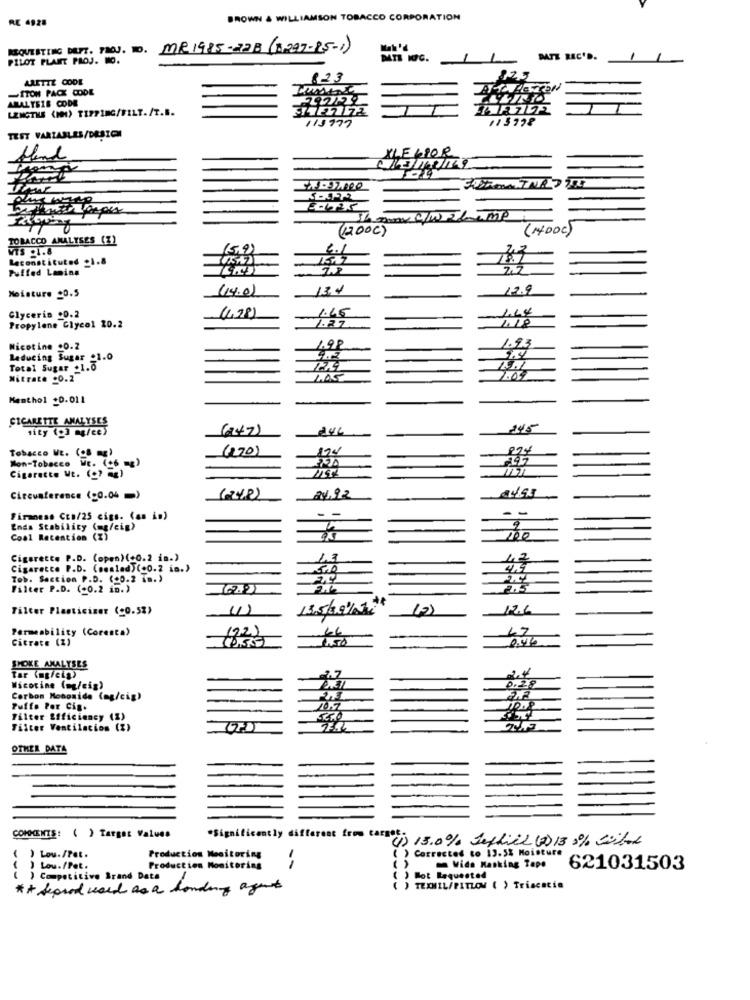
RE 4928
BROWN & WILLIAMSON TOBACCO CORPORATION
REQUESTING DEPT. YOU. NO. MR.1985-22B (8297-25-1)
Mah'd
PILOT PLAIT PROJ. MO.
DATI WOC.
PATE REC'D.
ARETTE CODE
6.23
~ITON PACK CODE
ARALTE18 CODE
LENGTHS (IM) TIPPING/FILT./T.B.
115778
115777
TEST VARIABLES/DESIGN
XLE 6POR
Hend
EdTK
(200C)
(MDOC)
TOBACCO ANALYSES (Z)
VTS 1.8
(5,9)
Reconstituted _1.8
Puffed Lainn
Moisture 20.5
(14.0)
13.4
1.44
Glycerin .0.2
Propylene Glycol 20.2
(4,78)
1.45
1.27
Nicotine .0.2
1.98
1.93
Reducing Sugar _1.0
9.2
Total Sugar .1.0
7.04
Nitrate .0.2
1.00
Menthol +0.011
CIGARETTE ANALYSES
sity ( me/ce)
(247)
146
2.45
(270)
124
994
Tobacco WE. (OB mg)
₹147
Mon-Tobacco WE. (C6 =)
Cigarette Mt. (.) -2)
Circumference (20.04 =)
(242)
24.92
Firaness Cto/25 cigs. (an in)
- -
-
-
Ends Stability (mg/cig)
Coal Recention (7)
100
Cigarette P.D. (open) (+0.2 in.)
1.3
47
Cigaretce P.D. (seslad)(+0.2 in.)
4.9
Tob. Section P.D. (+0.2 18.)
20
Filter P.D. (-0.2 in.)
Filter Plasticiser (c0.5%)
11)
13.5 38/ 12
17.6
Permeability (Coresta)
19.2)
47
Citrate (Z)
SPOKE ANALYSES
tar (mg/cip)
2,4
0.28
Wścocine (m/cig)
Carbon Monoxide (ag/cig)
Puffo Por Cig.
Filter Efficiency (%)
CHO
Filter Ventilacion (%)
OTHER DATA
COMMENTS: ( ) Target Values
*Significantly different from cargos.
(1) 13.0% Jeffiel (D) 13 5% Sibel
Corrected to 13.5% Moisture
) Lou./Pet.
Production Monitoring
Low./Pet.
Production Monitoring
Vide Masking Top. 621031503
( ) Competitive Brand Data
( ) Mot Requested
## Soud used as a houding agent
() TEXMIL/PITLOM ( ) Triacacia